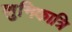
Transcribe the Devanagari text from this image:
शुनिकात्रि